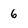
Character: 6